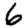
Digit: 6